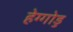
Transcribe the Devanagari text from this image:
हेग्गोडु